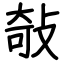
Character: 敧